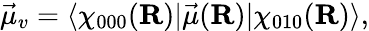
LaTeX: \vec{\mu}_{v}=\langle\chi_{000}(\mathbf{R})|\vec{\mu}(\mathbf{R})|\chi_{010}(\mathbf{R})\rangle,